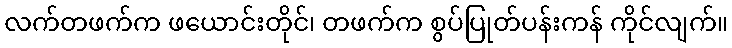
လက်တဖက်က ဖယောင်းတိုင်၊ တဖက်က စွပ်ပြုတ်ပန်းကန် ကိုင်လျက်။